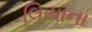
લિયાના